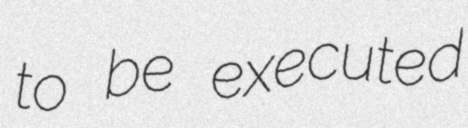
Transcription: to be executed